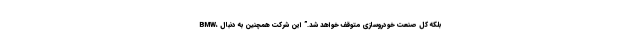
BMW، بلکه کل صنعت خودروسازی متوقف خواهد شد.” این شرکت همچنین به دنبال